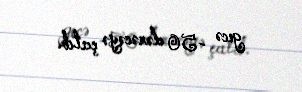
gecə -50 dərəcəyə çatıb.